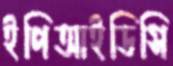
ইপিআইডিসি